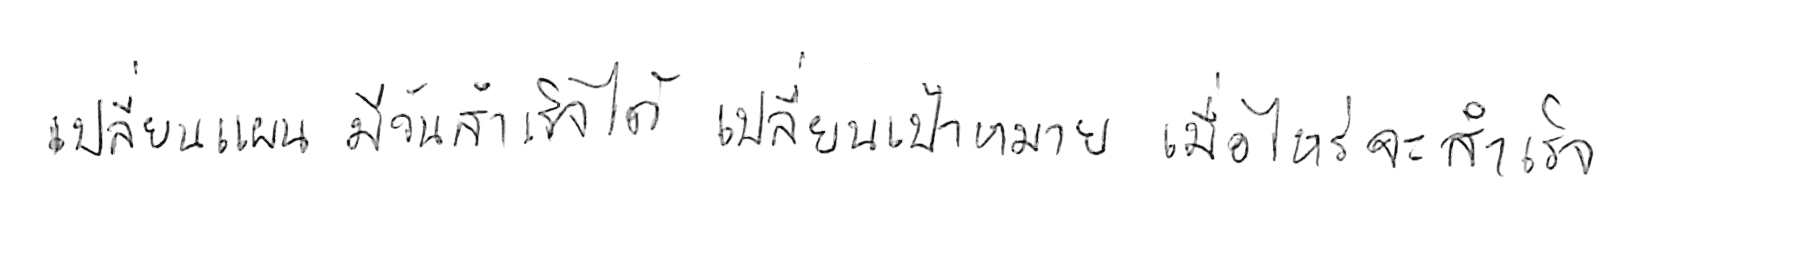
เปลี่ยนแผน มีวันสำเร็จได้ เปลี่ยนเป้าหมาย เมื่อไหร่จะสำเร็จ